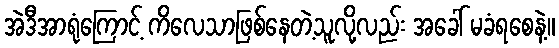
အဲဒီအာရုံကြောင့် ကိလေသာဖြစ်နေတဲ့သူလို့လည်း အခေါ် မခံရစေနဲ့။